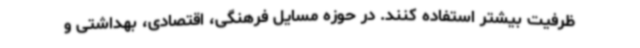
ظرفیت بیشتر استفاده کنند. در حوزه مسایل فرهنگی، اقتصادی، بهداشتی و